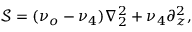
\mathcal { S } = ( \nu _ { o } - \nu _ { 4 } ) \nabla _ { 2 } ^ { 2 } + \nu _ { 4 } \partial _ { z } ^ { 2 } ,